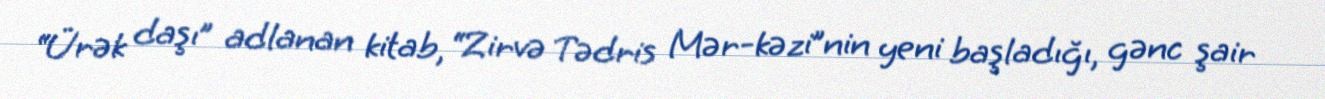
“Ürək daşı” adlanan kitab, “Zirvə Tədris Mər­kəzi”nin yeni başladığı, gənc şair